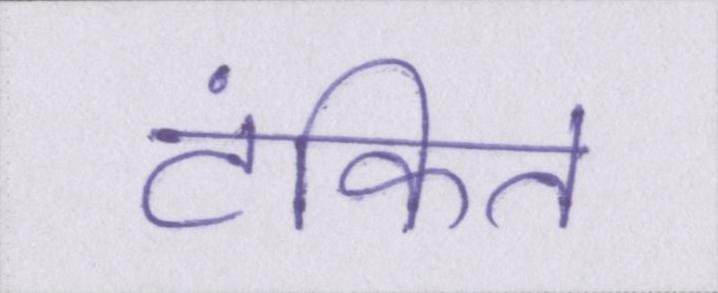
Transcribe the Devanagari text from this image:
टंकित